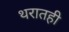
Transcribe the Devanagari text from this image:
थरातही